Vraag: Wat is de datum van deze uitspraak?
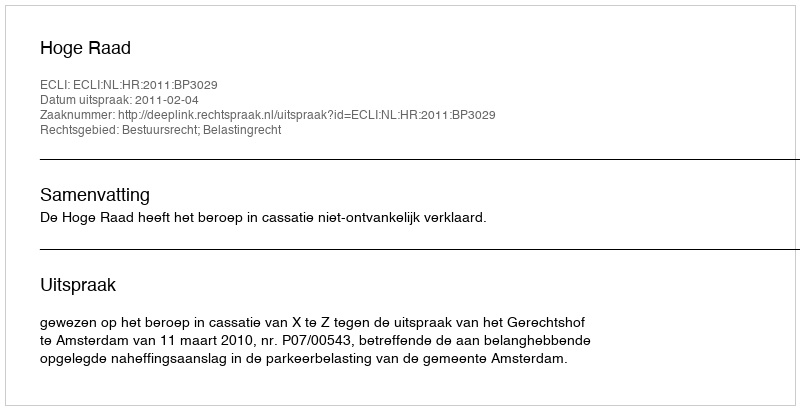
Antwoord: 2011-02-04